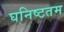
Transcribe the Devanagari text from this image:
घनिष्टतम